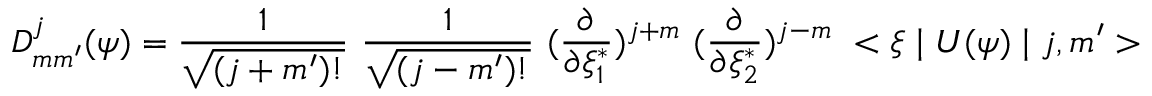
D _ { m m ^ { \prime } } ^ { j } ( \psi ) = \frac { 1 } { \sqrt { ( j + m ^ { \prime } ) ! } } ~ \frac { 1 } { \sqrt { ( j - m ^ { \prime } ) ! } } ~ ( \frac { \partial } { \partial \xi _ { 1 } ^ { * } } ) ^ { j + m } ~ ( \frac { \partial } { \partial \xi _ { 2 } ^ { * } } ) ^ { j - m } ~ < \xi \mid U ( \psi ) \mid j , m ^ { \prime } >